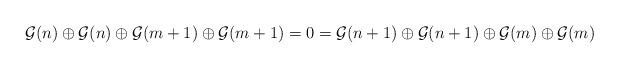
LaTeX: \begin{align*} \mathcal{G}(n) \oplus \mathcal{G}(n) \oplus \mathcal{G}(m+1) \oplus \mathcal{G}(m+1) = 0 = \mathcal{G}(n+1) \oplus \mathcal{G}(n+1) \oplus \mathcal{G}(m) \oplus \mathcal{G}(m) \end{align*}